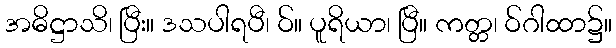
အဓိဋ္ဌာသိ၊ ပြီး။ ဒသပါရပီ၊ ဝ်။ ပူရိယာ၊ ပြီ။ ကတ္တ၊ ဝ်ဂါထာ၌။